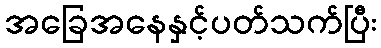
အခြေအနေနှင့်ပတ်သက်ပြီး